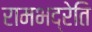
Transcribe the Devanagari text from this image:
रामभद्रेति